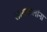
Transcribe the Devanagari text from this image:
सायकलींना